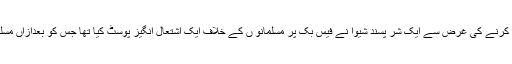
عاشورہ کے موقع پر علاقے میں کشیدگی پیدا کرنے کی غرض سے ایک شر پسند شیوا نے فیس بک پر مسلمانو ں کے خلاف ایک اشتعال انگیز پوسٹ کیا تھا جس کو بعدازاں مسلمانو ں کی شکایت پرگرفتار بھی کرلیاگیا تھا۔